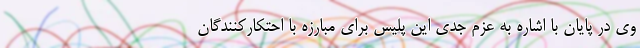
وی در پایان با اشاره به عزم جدی این پلیس برای مبارزه با احتکارکنندگان